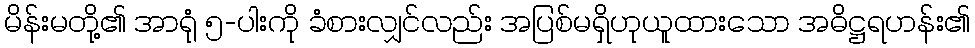
မိန်းမတို့၏ အာရုံ ၅-ပါးကို ခံစားလျှင်လည်း အပြစ်မရှိဟုယူထားသော အဓိဋ္ဌရဟန်း၏